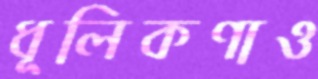
ধূলিকণাও